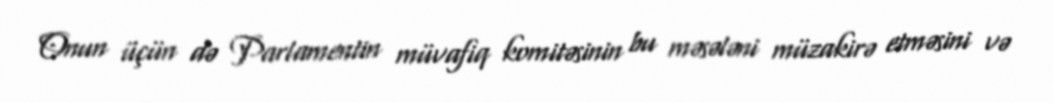
Onun üçün də Parlamentin müvafiq komitəsinin bu məsələni müzakirə etməsini və